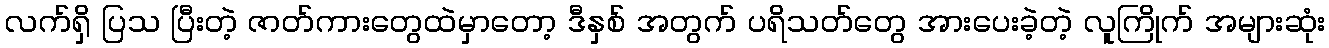
လက်ရှိ ပြသ ပြီးတဲ့ ဇာတ်ကားတွေထဲမှာတော့ ဒီနှစ် အတွက် ပရိသတ်တွေ အားပေးခဲ့တဲ့ လူကြိုက် အများဆုံး